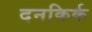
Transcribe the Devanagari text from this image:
दनकिर्क